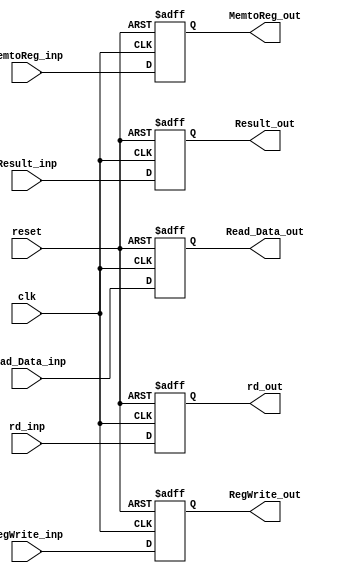
// Code your design here
module MEM_WB(
  input clk,
  input reset,
  input [63:0] Result_inp,	//ALU
  input [63:0] Read_Data_inp,		//Data Memory
  input [4:0] rd_inp,		//EX-MEM
  input MemtoReg_inp,		//Control_unit
  input RegWrite_inp,
  output reg MemtoReg_out, 
  output reg RegWrite_out,
  output reg [63:0] Result_out,
  output reg [63:0]Read_Data_out,
  output reg [4:0] rd_out
  
);

  
  always @ (posedge clk or posedge reset)
    begin
    if (reset == 1'b1)
      begin
        Result_out <= 0;
        Read_Data_out <= 0;
        rd_out <= 5'b0;
        MemtoReg_out <= 0;
        RegWrite_out <= 0;
      end
     else 
       begin
        Result_out <= Result_inp;
        Read_Data_out <= Read_Data_inp;
        rd_out <= rd_inp;
        MemtoReg_out <= MemtoReg_inp;
        RegWrite_out <= RegWrite_inp;
       end
    end
endmodule